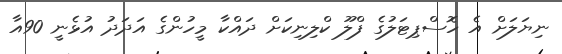
ނިޔަލަށް އެ ހޮސްޕިޓަލުގެ ފްލޫ ކްލިނިކަށް ދައްކާ މީހުންގެ އަދަދު އުޅެނީ 90އާ